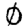
Digit: 0